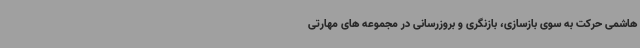
هاشمی حرکت به سوی بازسازی، بازنگری و بروزرسانی در مجموعه های مهارتی